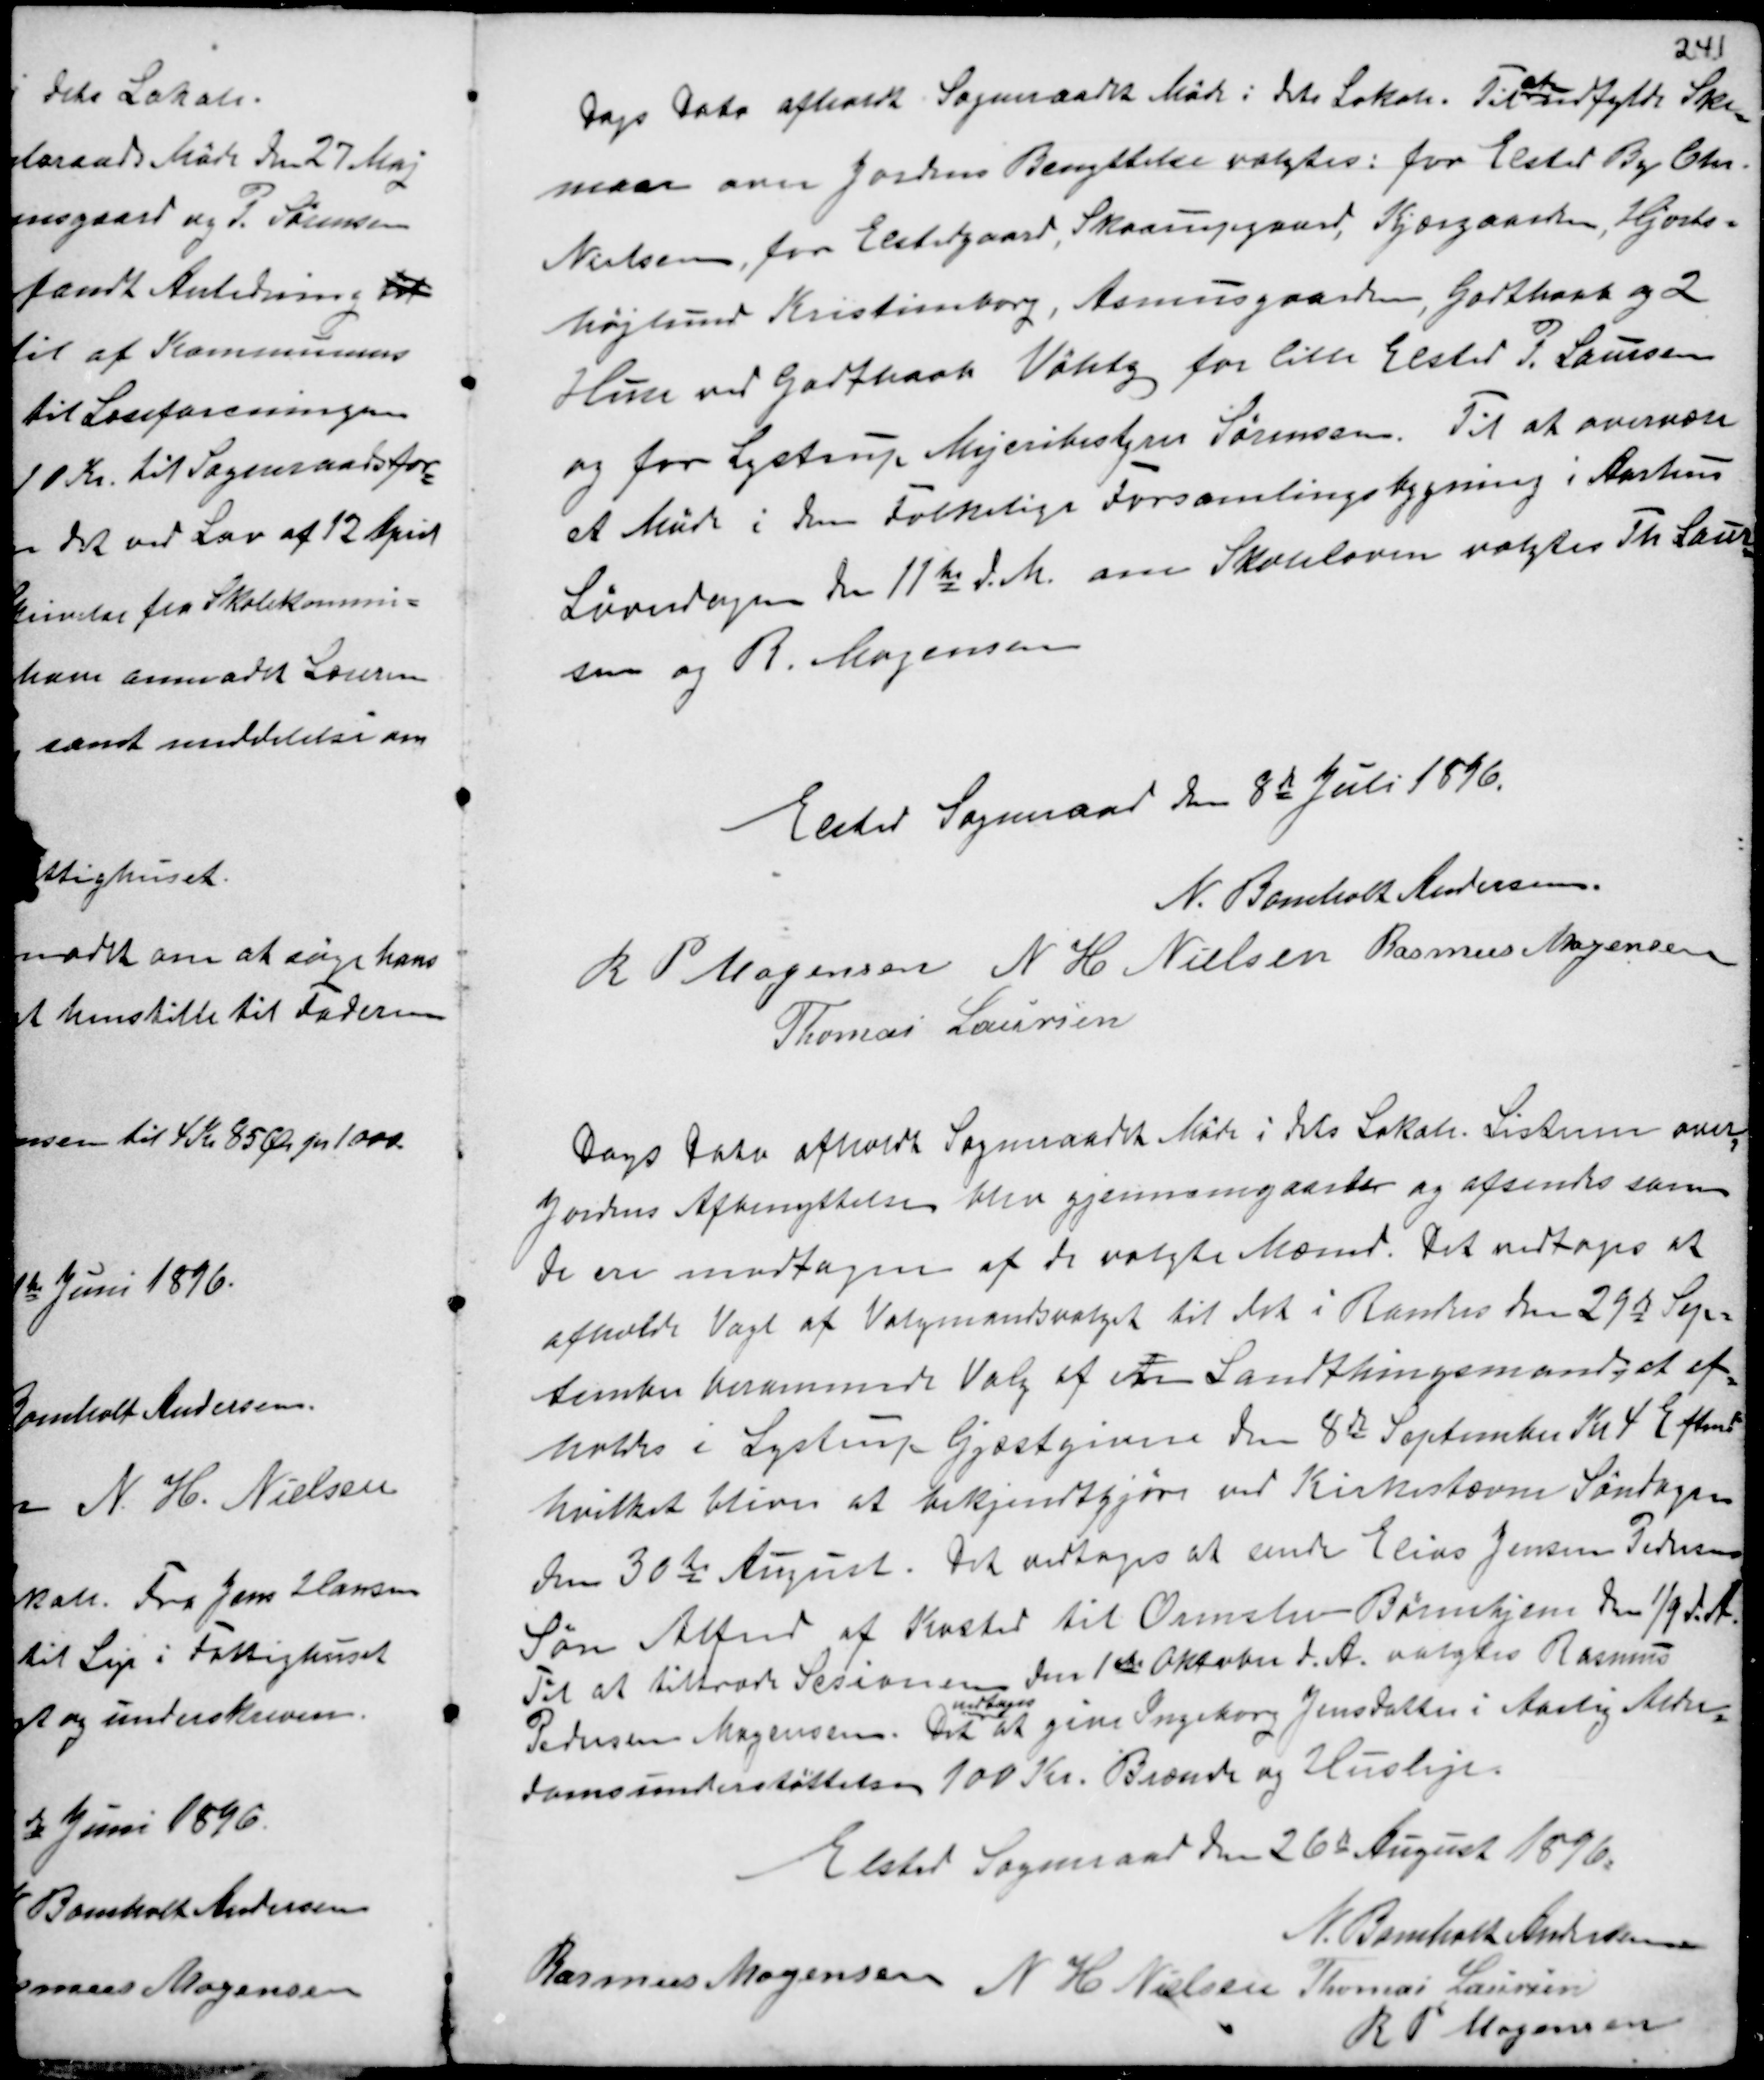
Transskription:
Dags Dato afholdt Sogneraadet Møde i dets Lokale. Til
at
udfylde Ske-
maaer over Jordens Benyttelse valgtes. fra Elsted By Chr.
Nielsen, fra Elstedgaard, Skaarupgaarden, Kjærgaarden, Hjorts-
højlund Kristineborg, Asmusgaarden, Godthaab og 2
Huse ved Godthaab Vøhtg for lille Elsted P. Laursen
og for Lystrup Mejeribestyrer Sørensen. Til at overvære
et Møde i den Folkelige Forsamlingsbygning i Aarhus
Løverdagen den 11te d.M. om Skoleloven valgtes Th Laur-
sen og R. Mogensen

Elsted Sogneraad den 8de Juni 1896.
N. Bomholt Andersen
R P Mogensen N H Nielsen Rasmus Mogensen
Thomas Laursen

Dags Dato afholdt Sogneraadet Møde i dets Lokale. Listerne over
Jordens Afbenyttelse blev gjennemgaaeder og afsendes som
de ere modtagne af de valgte Mænd. Det vedtoges at
afholde Valg af Valgmandsvalget til det i Randers den 29de Sep-
tember berammede Valg af en Landthingsmand, at af-
holde i Lystrup Gjæstgiveri den 8de September Kl 4 Eftermd
hvilket bliver at bekjendtgjøre ved Kirkestævne Søndagen
den 30de August. Det vedtoges at sende Elias Jensen Pedersens
Søn Alfred af Kasted til Ormslev Børnehjem den 1/9 d.A.
Til at tiltræde Sesionen den 1ste Oktober d.A. valgtes Rasmus
Pedersen Mogensen. Det
vedtoges
at give Ingeborg Jensdatter i Aarlig Alder-
domsunderstøttelse 100 Kr. Brænde og Husleje.

Elsted Sogneraad den 26de August 1896.
N. Bomholt Andersen
Rasmus Mogensen
N H Nielsen Thomas Laursen
R P Mogensen